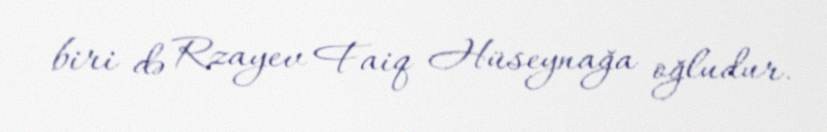
biri də Rzayev Faiq Hüseynağa oğludur.